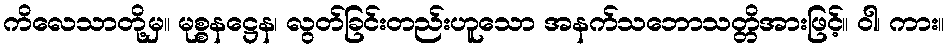
ကိလေသာတို့မှ။ မုစ္စနဋ္ဌေန၊ လွတ်ခြင်းတည်းဟူသော အနက်သဘောသတ္တိအားဖြင့်။ ဝါ၊ ကား။